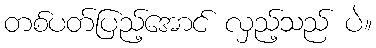
တစ်ပတ်ပြည့်အောင် လှည့်သည် ပဲ။